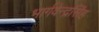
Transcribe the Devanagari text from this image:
भार्गवेन्द्रसिंह